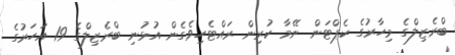
ބްރެޒިލްގެ މިހާރުގެ ކެޕްޓަން ނޭމާ ކުރިން ރައްޓެހިވެގެން އުޅުނި ބްރެޒިލްގެ 19 އަހަރުގެ